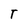
Character: T